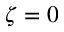
\zeta = 0